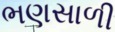
ભણસાળી